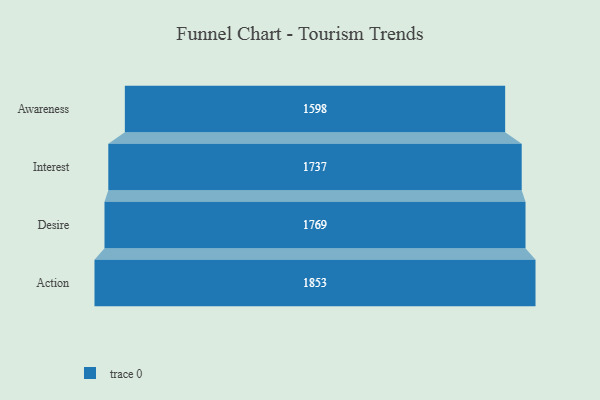
{"axis": {"x": "Stage", "y": "Value"}, "legend": [""], "data": [{"x": "Awareness", "y": 1598.0, "type": ""}, {"x": "Interest", "y": 1737.0, "type": ""}, {"x": "Desire", "y": 1769.0, "type": ""}, {"x": "Action", "y": 1853.0, "type": ""}]}